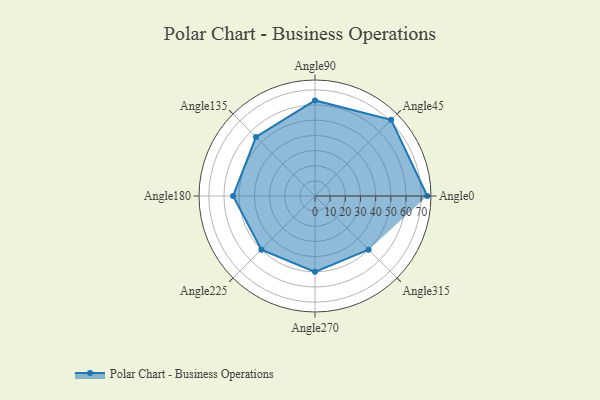
{"axis": {"x": "Angle", "y": "Radius"}, "legend": [""], "data": [{"x": "Angle0", "y": 74.0, "type": ""}, {"x": "Angle45", "y": 71.0, "type": ""}, {"x": "Angle90", "y": 63.0, "type": ""}, {"x": "Angle135", "y": 55.0, "type": ""}, {"x": "Angle180", "y": 54.0, "type": ""}, {"x": "Angle225", "y": 50, "type": ""}, {"x": "Angle270", "y": 50, "type": ""}, {"x": "Angle315", "y": 50, "type": ""}]}